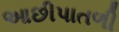
આછીપાતળી